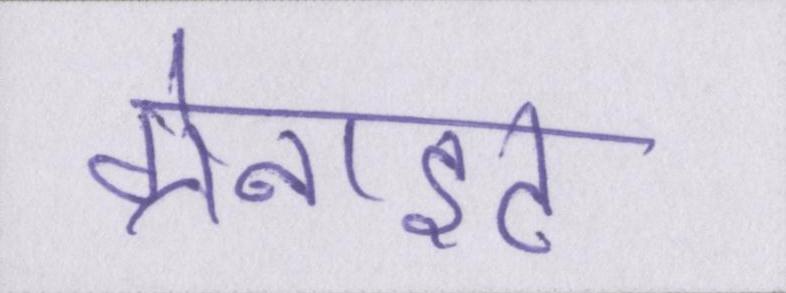
ग्रेनाइट